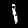
Label: 1